Annual report of the Imperial Bacteriologist
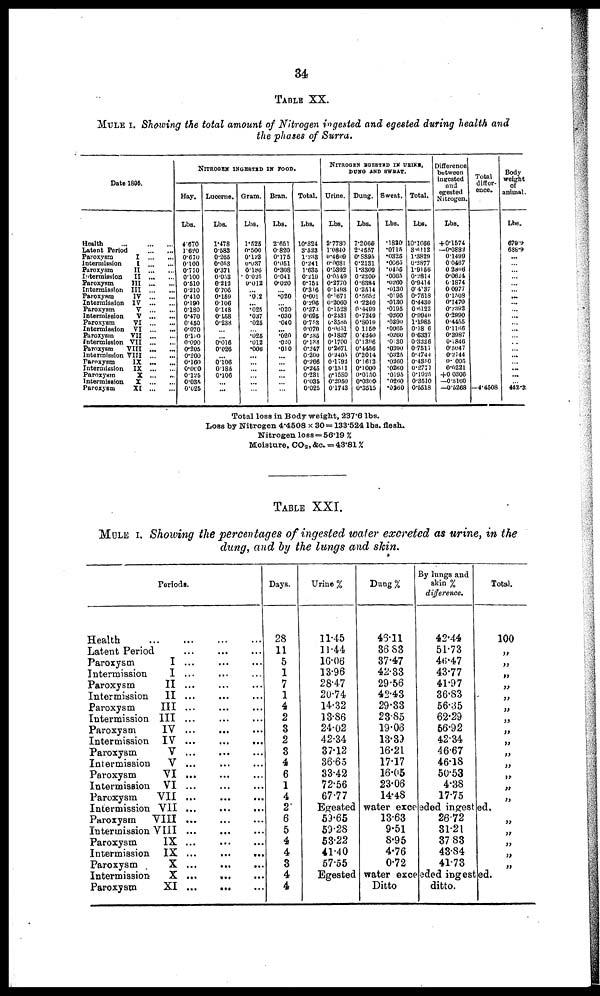
34
TABLE XX.
MULE I. Showing the total amount of Nitrogen ingested and egested during health and
the phases of Surra.
Date 1895.
Health
Latent Period
Paroxysm
Intermission
Paroxysm
Intermission
Paroxysm
Intermission
Paroxysm
Intermission
Paroxysm
Intermission
Paroxysm
Intermission
Paroxysm
Intermission
Paroxysm
Intermission
Paroxysm
Intermission
Paroxysm
Intermission
Paroxysm
I
I
II
II
III
III
IV
IV
V
V
VI
VI
VII
VII
VIII
VIII
IX
IX
X ...
X
XI
NITROGEN INGESTED IN FOOD
Hay.
Lbs.
4.670
1.620
0.670
0.100
0.770
0.100 0.510
0.210
0.410
0.190
0.180
0.470
0.450
0.070
0.180
0.090
0.205
0.200
0.160
0.060
0.125
0.035
0.025
Lucerne.
Lbs.
1.478
0.583
0.265
0.053
0.371
0.053
0.212
0.106
0.159
0.106
0.148
0.158
0.238
...
...
0.016
0.026
....
0.106
0.185
0.106
...
...
Gram.
Lbs.
1.525
0.500
0.123
0.037
0.186
0.025
0.012
... .0.2
... .025
.037
.025
... .025
.012
.006
...
...
...
....
....
...
Bran.
Lbs.
2.651
0.820
0.175
0.051
0.308
0.041
0.020
...
.020
.020
.030
.040
... .020
.020
.010
...
...
...
...
...
..
Total.
Lbs.
10.324
3.523
1.233
0.241
1.635
0.219
0.754
0.316
0.601
0.296
0.373
0.695
0.753
0.070
0.235
0.138
0.247
0.200
0.266
0.245
0.231
0.035
0.025
NITROGEN EGESTED IN URINE,
DUNG AND SWEAT.
Urine.
Lbs.
2.7780
1.0840
0.4609
0.0681
0.5392
0.0549
0.3770
0.1493
0.1671
0.2060
0.1528
0.2431
0.3585
0.0651
0.1837
0.1700
0.2671
0.2405
0.1792
0.1511
0.1580
0.2950
0.1743
Dung.
Lbs.
7.2066
2.4557
0.8895
0.2131
1.3809
0.2200.
0.6384
0.2514
0.5652
0 .2240
0.4499
0.7249
0.8010
0.1156
0.4240
0.1396
0.4456
0.2014
0.1612.
0.1000
0.0150.
0.0300.
0.3515
Sweat.
Lbs.
.1820
.0715
.0325
.0065
.0455
.0065
.0260
.0130
.0195
.0130
.0195
.0260
.0390
.0065
.0260
.0130
.0390
.0325
.0260
.0260
.0195
.0260
.0260
Total.
Lbs.
10.1666
3.6112
1.3829
0.2877
1.9156
0.2814
0.9414
0.4137
0.7518
0.4430
0.6122
0.9940
1.1985
0.18 6
0.6337
0.3226
0.7517
0.4744
0.4350
0.2771
0.1925
0.3510
0.5518
Difference
between
ingested
and
egested
Nitrogen.
Lbs.
+0.1574
—0.0882
0.1499
0.0467
0. 2806
0.0624
0.1874
0.0977
0.1508
0.1470
0.2392
0.2990
0.4455
0.1166
0.3987
0.1846
0.5047
0.2744
0.1005
0.0221
+0 .0306
—0.3160
—0.5268
Total
differ-
ence.
4.4508
Body
weight
of
animal.
Lbs.
679.9
688.9
...
... ...
...
... ...
... ...
... ...
...
...
...
...
... ......
... ...
...
...
442.3
Total loss in Body weight, 237.6 lbs.
Loss by Nitrogen 4.4508 × 30=133.524 lbs. flesh.
Nitrogen loss=56.19 %
Moisture, CO 2, &c. = 43.81%
TABLE XXI.
MULE I. Showing the percentages of ingested water excreted as urine, in the
dung, and by the lungs and skin.
Periods.
Health
Latent Period
Paroxysm
I ...
Intermission
I ...
Paroxysm
II ...
Intermission II ...
Paroxysm
III ...
Intermission III ...
Paroxysm
IV
Intermission IV ...
...
...
Paroxysm
V
Intermission
V ...
Paroxysm
VI ,
Intermission VI
Paroxysm
VII ...
Intermission VII ...
...
...
Paroxysm VIII ...
Intermission VIII
Paroxysm
IX ...
Intermission IX ...
Paroxysm
X
,
...
Intermission.
X ... ..
Paroxysm
XI ...
...
Days.
28
11
5
1
7
1
4
2
3
2
3
4
6
1
4
2
6
5
4
4
3
4
4
Urine %
11.45
11.44
16.06
13.96
28.47
20.74
14.32
13.86
24.02
42.34
37.12
36.65
33.42
72.56
67.77
Dung%
45.11
36.83
37.47
42.33
29.56
42.43
29.33
23.85
19.06
13.39
16.21
17.17
16.05
23.06
14.48
By lungs and
skin%
difference.
42.44
51.73
46.47
43.77
41.97
36.83
56.35
62.29
56.92
42.34
46.67
46.18
50.53
4.38
17.75
Egested water exceeded ingested.
59.65
59.28
53.22
41.40
57.55
13.63
9.51
8.95
4.76
0.72
26.72
31.21
37. 83
43.84
41.73
Egested water exceeded ingested.
Ditto
ditto.
Total.
100
„
„
„
„
„
„
„
„
„
„
„
„
„
„
„
„
„
„
„